Leaving Certificate Examination, 1912
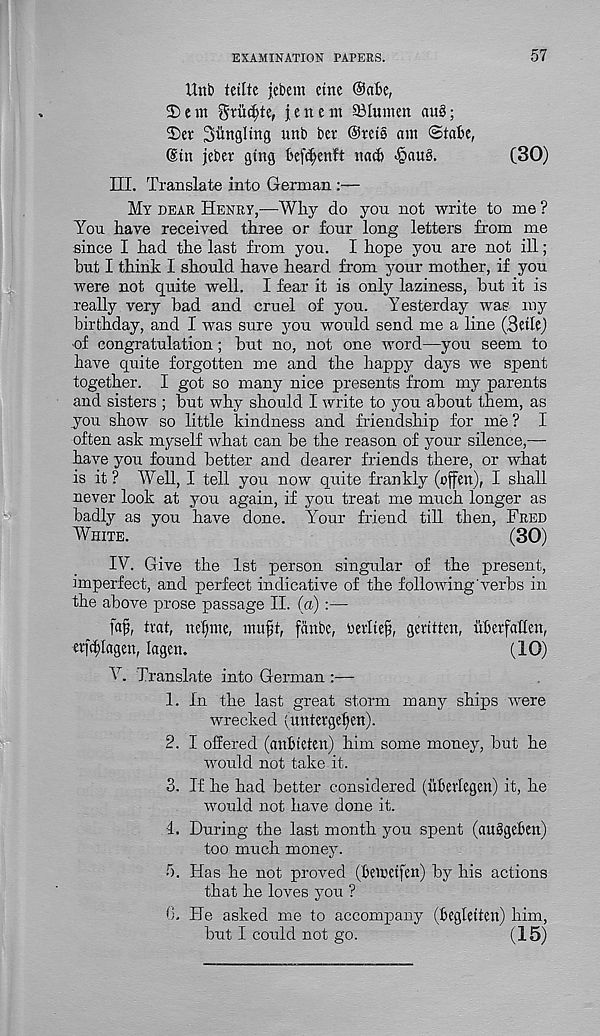
EXAMINATION PAPERS.
57
Unb ictlte jebem eine ®a£c,
25 c m
j e n e m ©lumen au§;
25er Siingling unb ber ©rets am State,
@tn jebet gtng fcefdjenft nact ^iau§.
(30)
III. Translate into German :—
My dear Henry,—Why do yon not write to me ?
You have received three or four long letters from me
since I had the last from you. I hope you are not ill;
hut I think I should have heard from your mother, if you
were not quite well. I fear it is only laziness, but it is
really very bad and cruel of you. Yesterday was my
birthday, and I was sure you would send me a line (Bette)
■ of congratulation; but no, not one word—you seem to
have quite forgotten me and the happy days we spent
together. I got so many nice presents from my parents
and sisters ; but why should I write to you about them, as
you show so little kindness and friendship for me ? I
often ask myself what can be the reason of your silence,—
have you found better and dearer friends there, or what
is it? Well, I tell you now quite frankly (offett), I shall
never look at you again, if you treat me much longer as
badly as you have done. Your friend till then, Fred
White.
(30)
IV. Give the 1st person singular of the present,
imperfect, and perfect indicative of the following'verbs in
the above prose passage II. (a) :—
fafj, trat, net)me, mufk, fanbe, Devltefs, gehtten, uberfatten,
erfct)lagen, lagen.
(10)
V. Translate into German :—
1. In the last great storm many ships were
wrecked (untergeljett).
2. I offered (anfneten) him some money, but he
would not take it.
3. If he had better considered (ubertegen) it, he
■ would not have done it.
4. During the last month you spent (auSgeben)
too much money.
5. Has he not proved (bemetfen) by his actions
that he loves you ?
«. He asked me to accompany (begletten) him,
but I could not go.
(15)